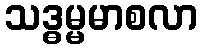
သဒ္ဓမ္မမာစလာ